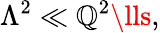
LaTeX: \Lambda^{2}\ll\mathbb{Q}^{2}\lls,